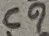
Text: C9